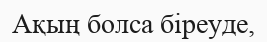
Ақың болса біреуде,